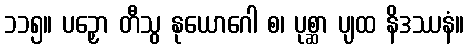
၁၁၅။ ပဉှော တီသွ နုယောဂေါ စ၊ ပုစ္ဆာ ပျထ နိဒဿနံ။